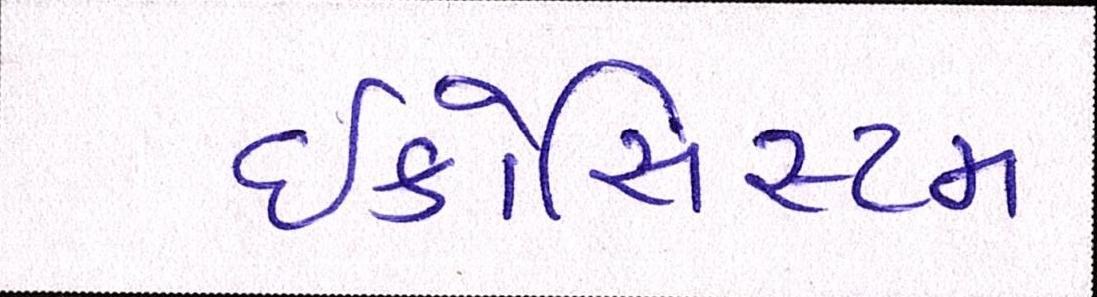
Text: ઇકોસિસ્ટમ